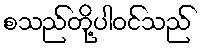
စသည်တို့ပါဝင်သည်